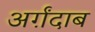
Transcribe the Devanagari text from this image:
अर्ग़ंदाब